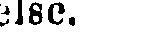
else.